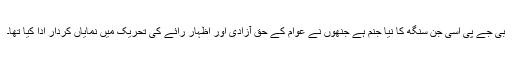
بی جے پی اسی جَن سَنگھ کا نیا جنم ہے جنھوں نے عوام کے حق آزادی اور اظہار رائے کی تحریک میں نمایاں کردار ادا کیا تھا۔